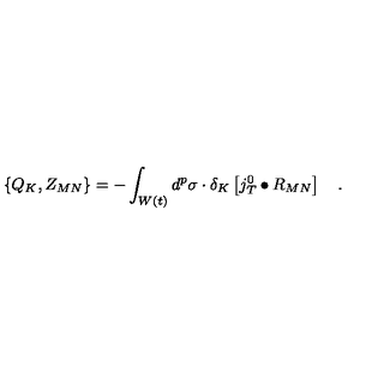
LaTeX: \left\{ Q _ { K } , Z _ { M N } \right\} = - \int _ { W \left( t \right) } d ^ { p } \sigma \cdot \delta _ { K } \left[ j _ { T } ^ { 0 } \bullet R _ { M N } \right] \quad .